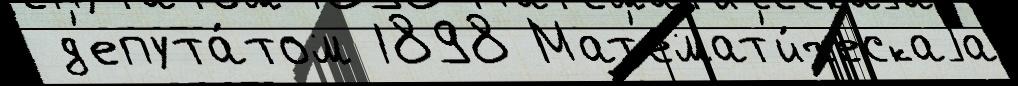
 д'епута́том 1898 Мат'емат'и́ческаjа